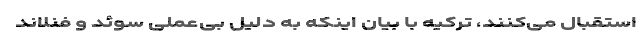
استقبال می‌کنند، ترکیه با بیان اینکه به دلیل بی‌عملی سوئد و فنلاند